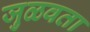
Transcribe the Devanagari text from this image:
जुळवता